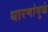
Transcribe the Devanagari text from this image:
धारणांमुळे